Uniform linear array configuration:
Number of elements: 48
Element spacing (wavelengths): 0.25
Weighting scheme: hamming
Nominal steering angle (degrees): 15
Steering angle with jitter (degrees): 13.844
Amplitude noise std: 0.05
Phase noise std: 0.05

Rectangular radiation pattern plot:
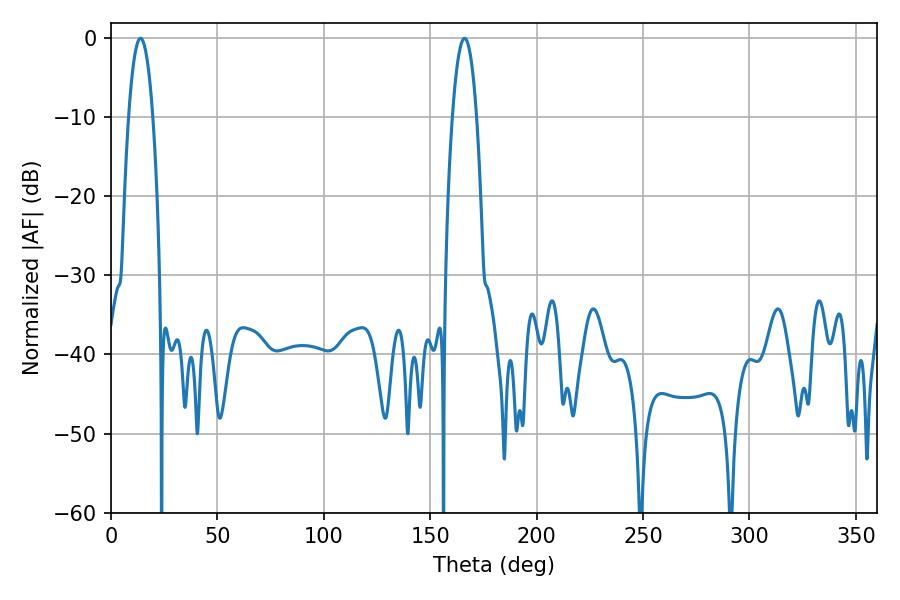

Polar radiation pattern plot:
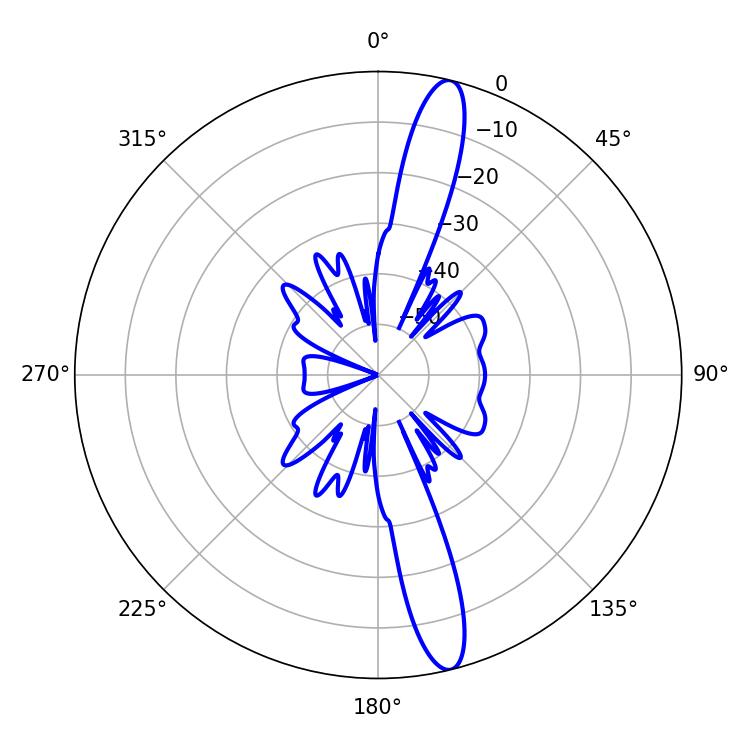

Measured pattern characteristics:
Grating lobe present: FALSE
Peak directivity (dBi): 15.463
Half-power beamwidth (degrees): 6.3
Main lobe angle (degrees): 13.86